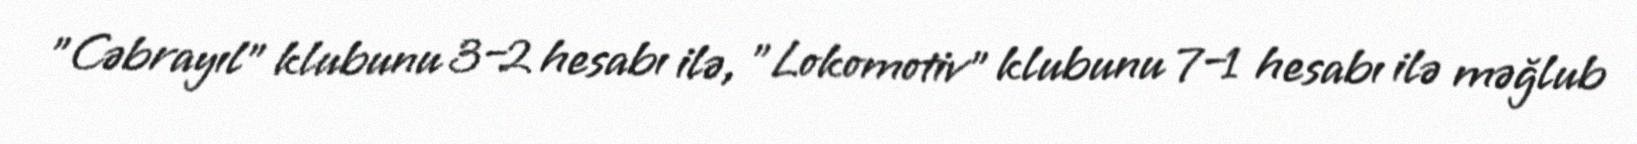
"Cəbrayıl" klubunu 3–2 hesabı ilə, "Lokomotiv" klubunu 7–1 hesabı ilə məğlub